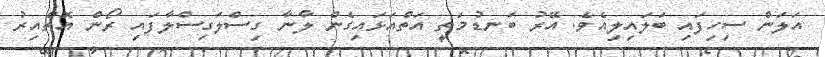
އަލަން ސިހިފައި ބަލައިލިއެވެ. އޭރު ބަނޑުމަތީ އަތްއަޅައިގެން ލާނާ ގިސްލަގިސްލާފައި ރޯން އޮތްއިރު